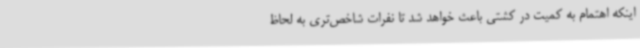
اینکه اهتمام به کمیت در کشتی باعث خواهد شد تا نفرات شاخص‌تری به لحاظ